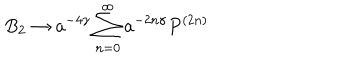
LaTeX: B _ { 2 } \rightarrow a ^ { - 4 \gamma } \sum _ { n = 0 } ^ { \infty } a ^ { - 2 n \gamma } P ^ { ( 2 n ) }